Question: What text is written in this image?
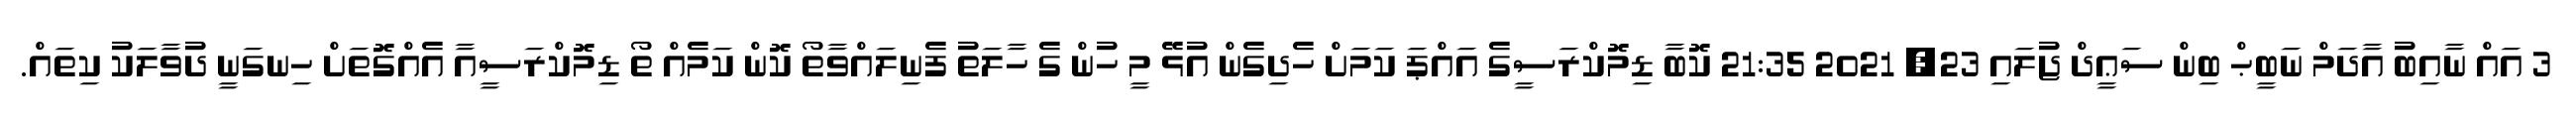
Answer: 3 އައް ނާއިބު އާދަމް ނަބީޙް ބިން ސަޢީދް ޖުލައި 23, 2021 21:35 ކޮބާ ޑިމޮކްރަސީގެ އައްޕަ ކަމަށް ހެދިގެން އުޅޭ މީ ހުން ގެ ހާލަތު ފެނިލައްވާތޯ ކޮން ކަމެއް ތޯ ޑިމޮކްރަސީއާ އެއްގޮތަށް ހިނގަނީ ދުވާލަކު ކިތައް.